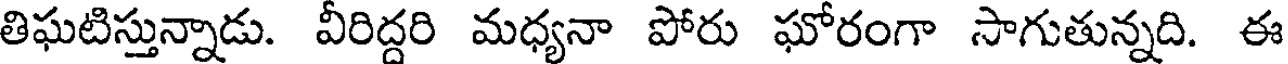
తిఘటిస్తున్నాడు. వీరిద్దరి మధ్యనా పోరు ఘోరంగా సాగుతున్నది. ఈ